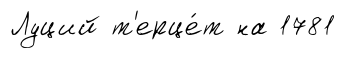
Луций т'ерце́т на 1781